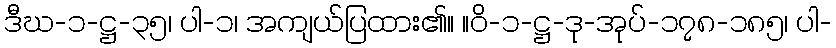
ဒီဃ-၁-ဋ္ဌ-၃၅၊ ပါ-၁၊ အကျယ်ပြထား၏။ ။ဝိ-၁-ဋ္ဌ-ဒု-အုပ်-၁၇၈-၁၈၅၊ ပါ-